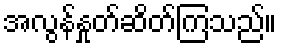
အလွန်နှုတ်ဆိတ်ကြသည်။